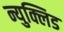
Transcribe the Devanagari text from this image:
न्युक्लिड